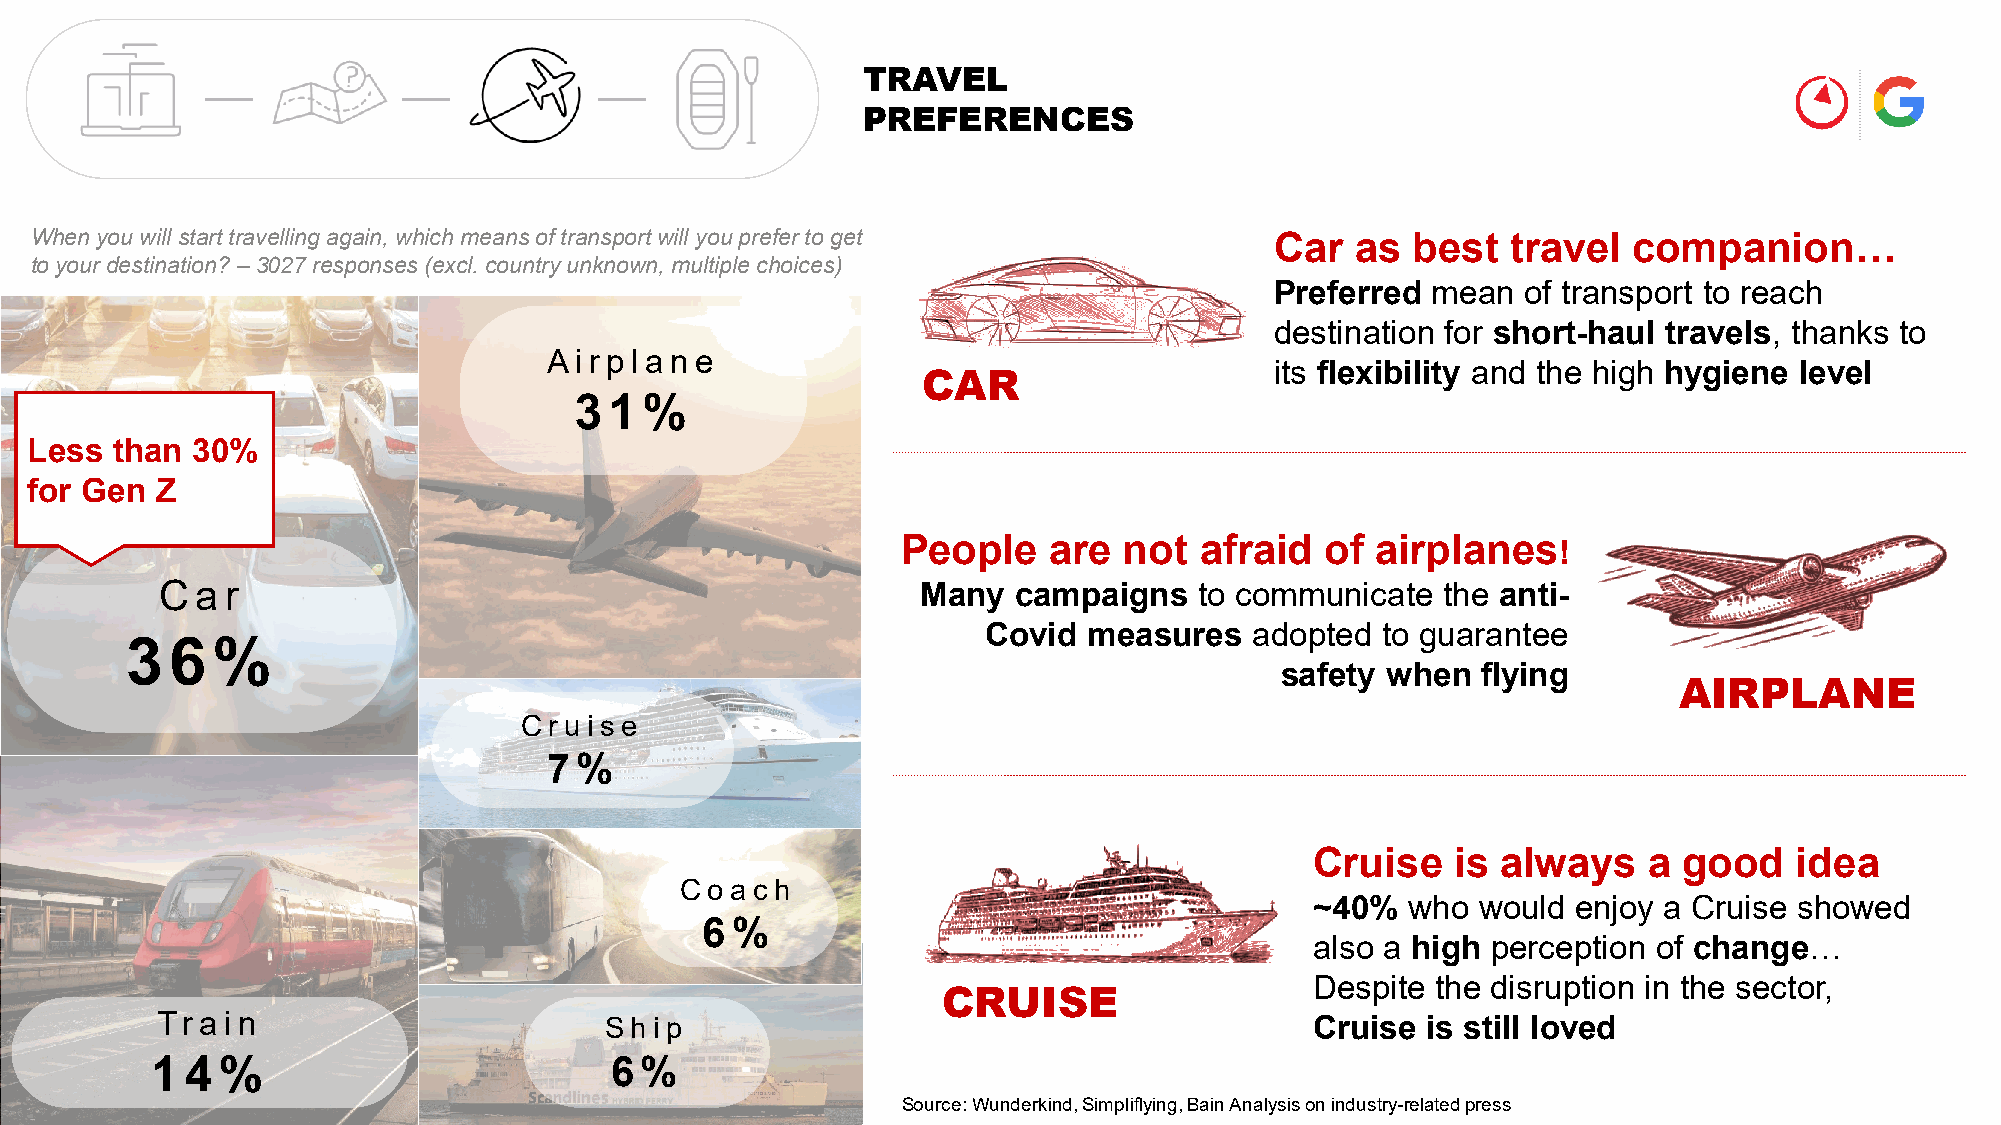
TRAVEL
 PREFERENCES
 When you will start travelling again, which means of transport will you prefer to get
 Car   as best   travel  companion…
 to your destination? –3027 responses (excl. country unknown, multiple choices)
 Preferred  mean  of transport to reach
 destination for short-haul travels, thanks to
 A i rp l a n e
 its flexibility and the high hygiene level
 CAR
 31%
 Less than  30%
 for Gen Z
 People   are  not  afraid   of airplanes!
 C a r                                             Many  campaigns   to communicate  the anti-
 Covid  measures   adopted to guarantee
 36%
 safety when  flying
 AIRPLANE
 Cr ui s e
 7 %
 Cruise   is always    a good    idea
 Coac  h
 ~40%  who  would enjoy a Cruise showed
 6 %
 also a high perception of change…
 Despite the disruption in the sector,
 CRUISE
 Tra  i n                      Shi p                                          Cruise is still loved
 14%                           6 %
 Source: Wunderkind, Simpliflying, Bain Analysis on industry-related press